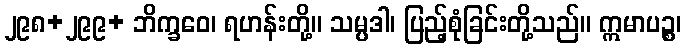
၂၉၈+၂၉၉+ ဘိက္ခဝေ၊ ရဟန်းတို့။ သမ္ပဒါ၊ ပြည့်စုံခြင်းတို့သည်။ ဣမာပဉ္စ၊